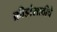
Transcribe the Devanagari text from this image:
क्रीडांसाठीचे